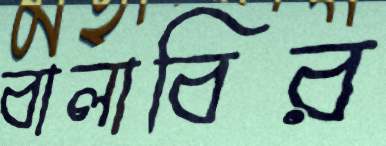
বালাবির